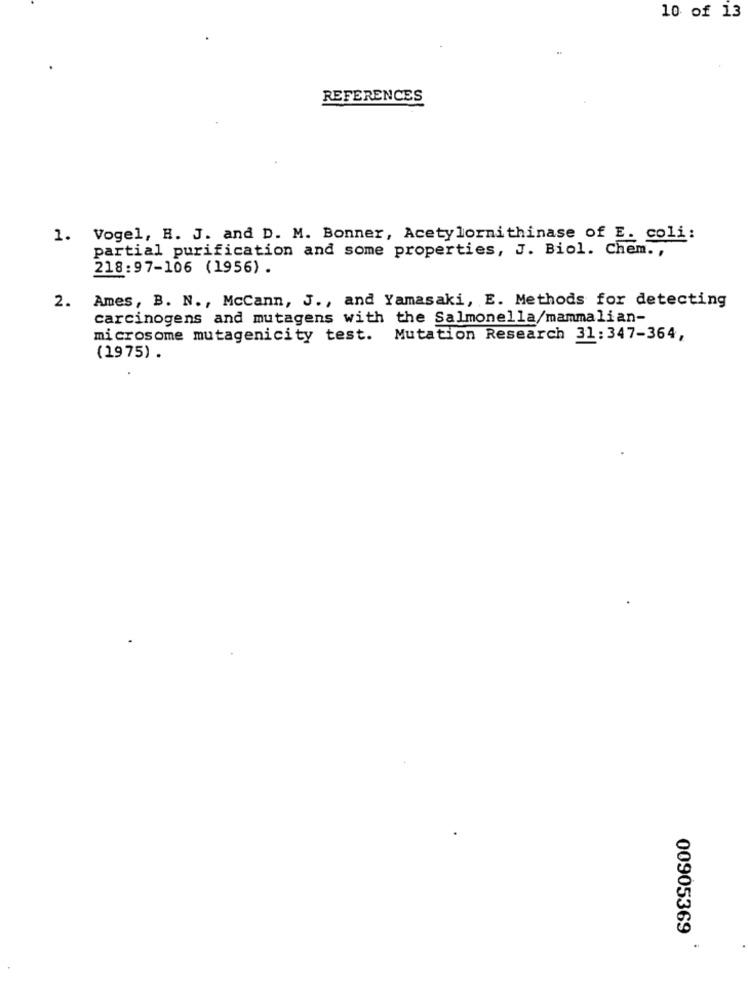
10 of 13
REFERENCES
1. Vogel, H. J. and D. M. Bonner, Acetylornithinase of E. coli:
partial purification and some properties, J. Biol. Chem .,
218:97-106 (1956).
2.
Ames, B. N ., McCann, J ., and Yamasaki, E. Methods for detecting
carcinogens and mutagens with the Salmonella/mammalian-
microsome mutagenicity test. Mutation Research 31:347-364,
(19 75) .
00905369